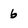
Character: 6